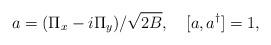
LaTeX: \begin{align*}a=(\Pi_x-i \Pi_y)/\sqrt{2B}, \ \ \ [a,a^{\dagger}]=1,\end{align*}